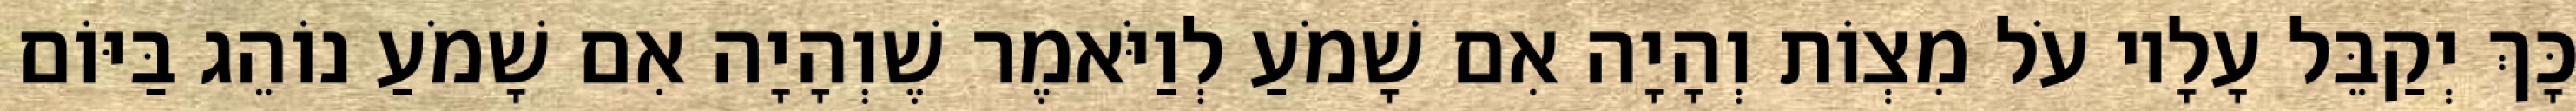
כָּךְ יְקַבֵּל עָלָיו עֹל מִצְוֹת וְהָיָה אִם שָׁמֹעַ לְוַיֹּאמֶר שֶׁוְהָיָה אִם שָׁמֹעַ נוֹהֵג בַּיּוֹם